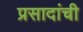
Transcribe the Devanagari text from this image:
प्रसादांची